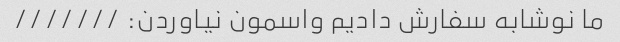
ما نوشابه سفارش دادیم واسمون نیاوردن: ///////